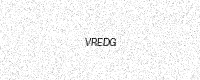
Text: VREDG